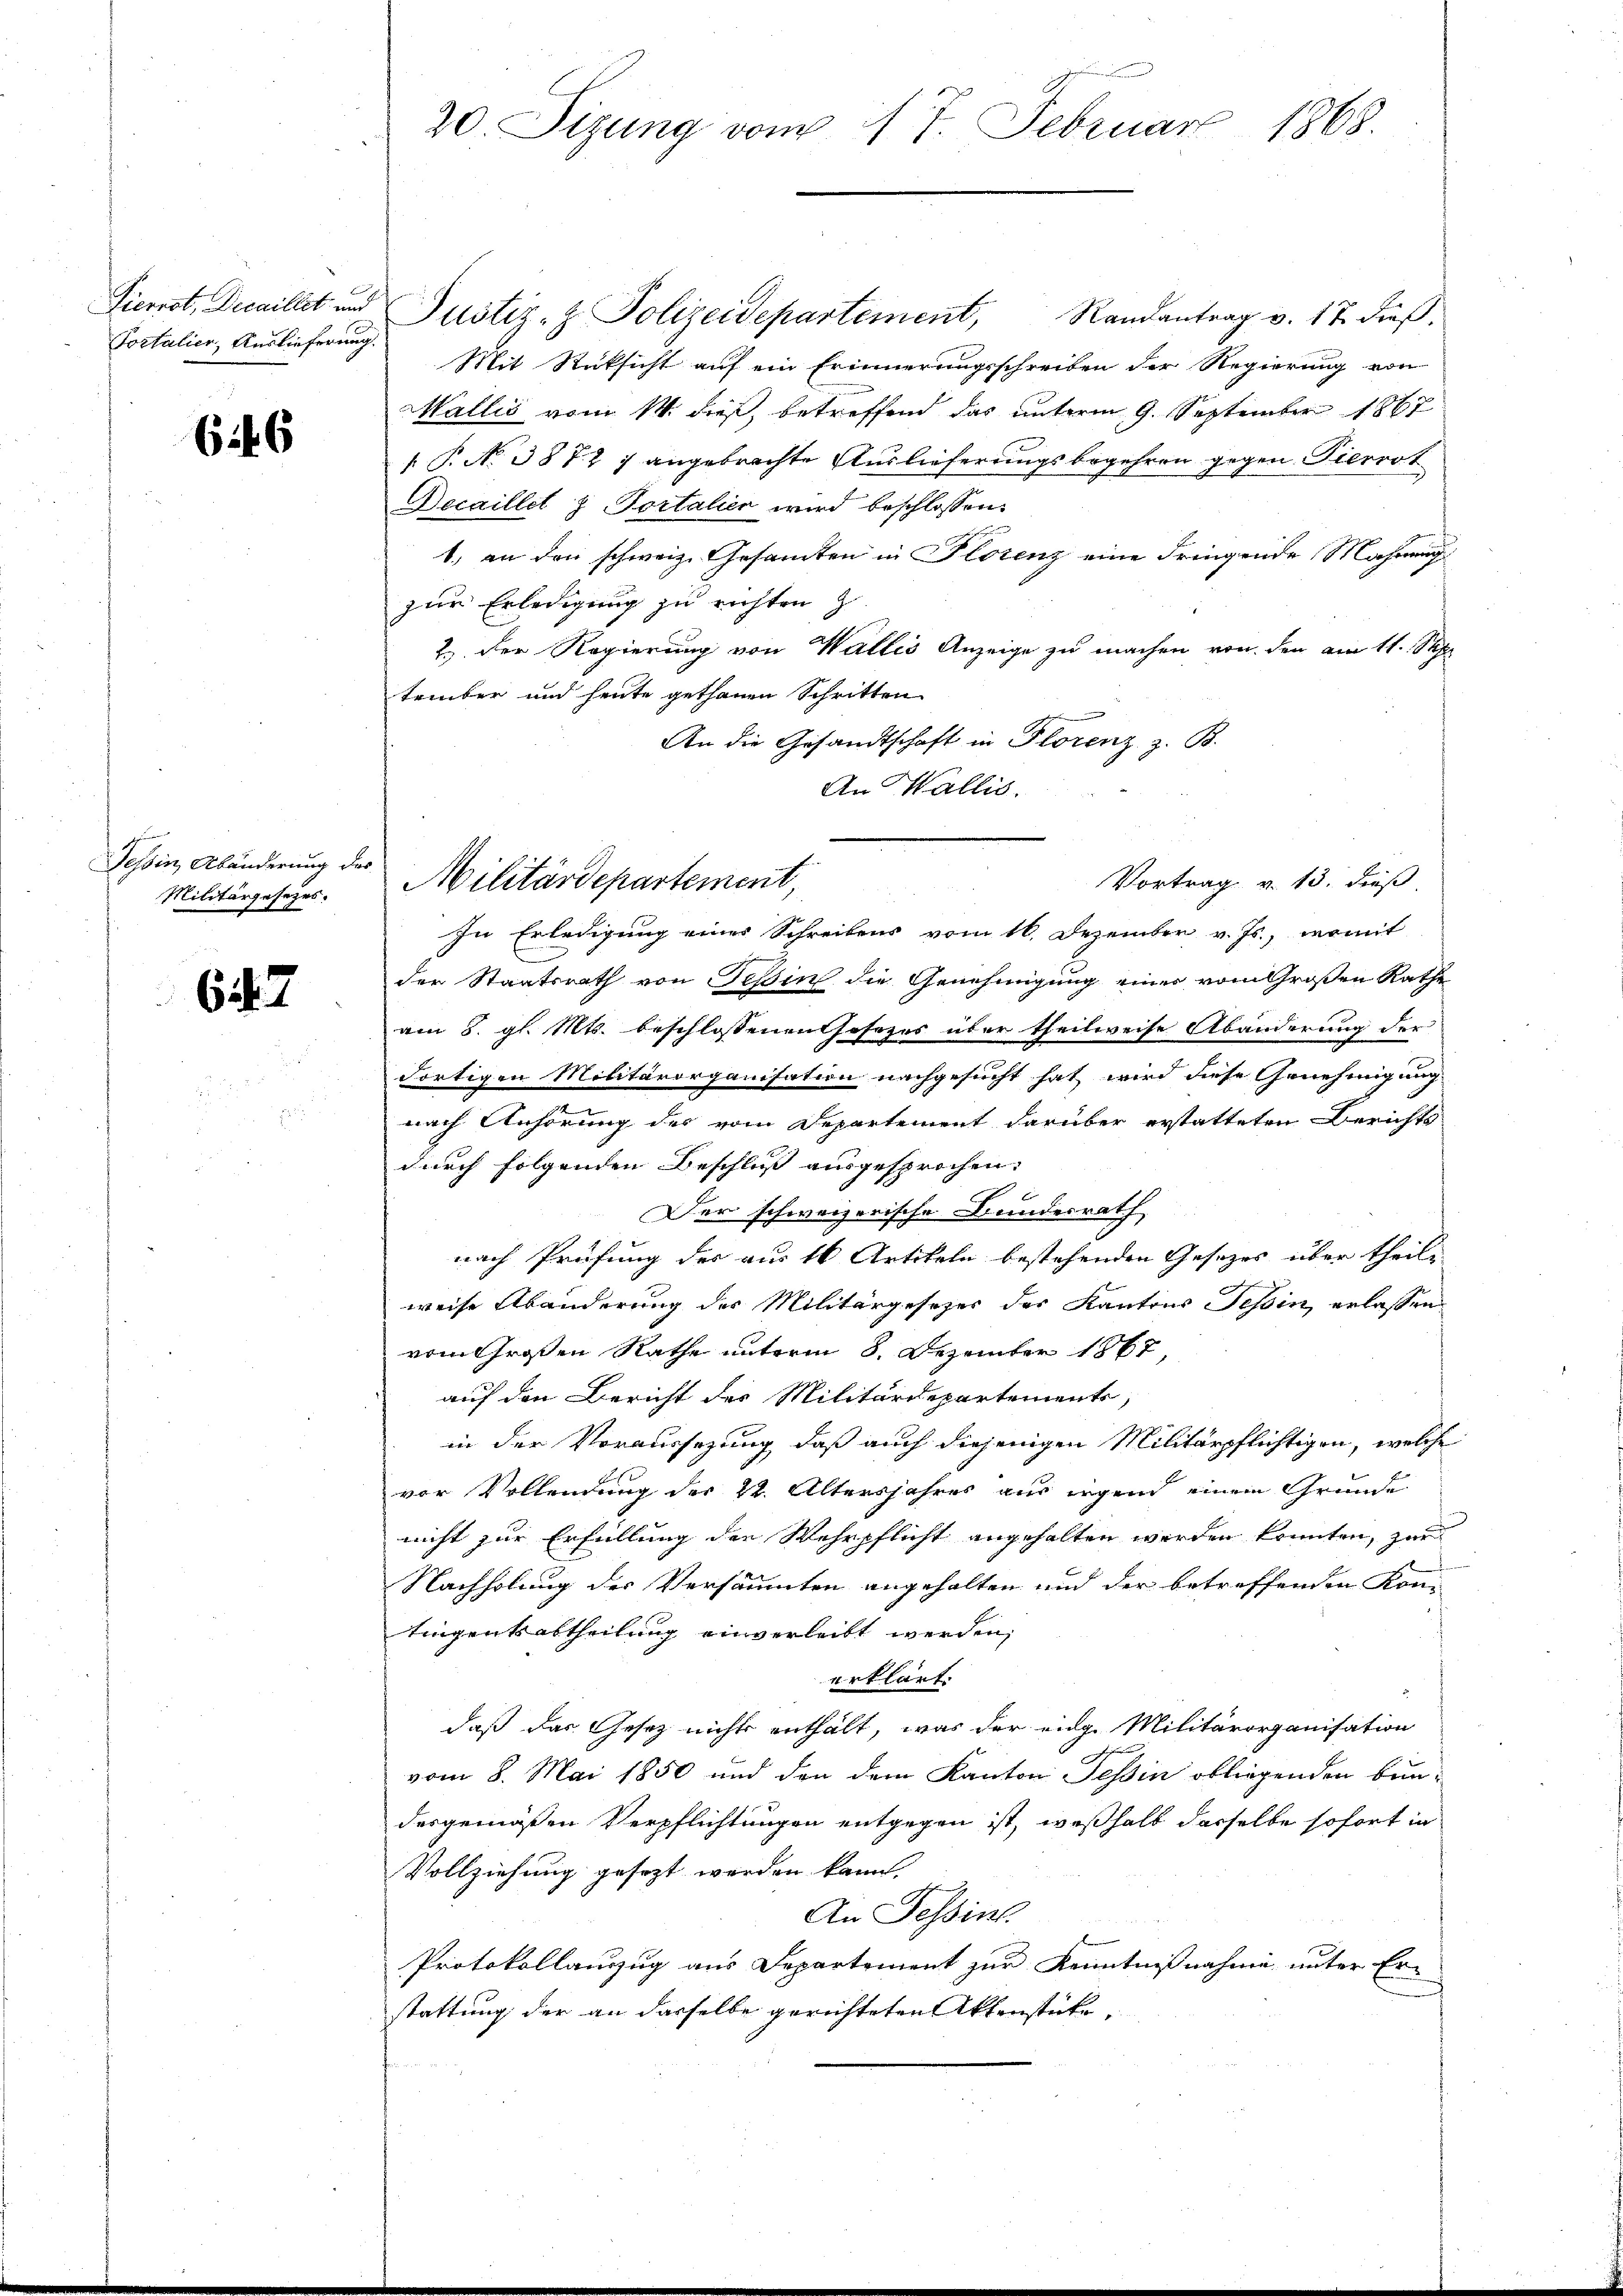
Pierret, Decaillet und
Tortalier, Auslieferung.

646

Tessin, Abänderung des
Militärgesezes.

627

un
20. Sizung vom 17. Februar 1868.

Justiz- & Polizeidepartement,

Vortrag v. 13. dieß
Militärdepartement,

Randantrag v. 17 dieß.
Mit Rücksicht auf ein Erinnerungsschreiben der Regierung von
Wallis vom 1. dieß, betreffend das unterm 9. September 1867
[ P. No 3872 7 angebrachte Auslieferungsbegehren gegen Pierrot
Decaillet z. Portalien wird beschlossen:
1. an den schweiz. Gesamten in Florenz eine dringende Mahnung
zur Erledigung zu richten z
2.) Der Regierung von Wallis Anzeige zu machen von den am 11. St
tember und heute gethanen Schritten
An die Gesandtschaft in Florenz z. B.
An Wallis.
In Erledigung eines Schreibens vom 16. Dezember v. Js., womit
der Staatsrath von Teßin die Genehmigung einer vom Großen Rathe
am 8. gl. Mts. beschlossenen Gesezes über theilweise Abänderung der
Fortigen Militärorganisation nachgesucht hat wird diese Genehmigung
nach Anhörung des vom Departement darüber erstatteten Berichts
durch folgenden Beschluss ausgesprochen.
Der schweizerische Bundesrath
nach Prüfung des aus 16 Artikeln bestehenden Gesetzes über theile
weise Abänderung des Militärgesezes der Kantons Tessin, erlassen,
vom Großen Rathe unterm 8. Dezember 1867,
auf den Bericht des Militärdepartements,
in der Voraussezung, daß auch diejenigen Militärpflichtigen, welche
vor Vollendung der 22. Altersjahres aus irgend einem Grunde
nicht zur Erfüllung der Wehrpflicht angehalten werden könnten, zur
Nachholung des Versäumten angehalten und der betreffenden Kom-
tingentsabtheilung einverleibt werden,
erklärt.
daß das Gesetz nichts enthält, was der einge Militärorganisation
vom 8. Mai 1850 und den dem Kanton Tessin obliegenden bun-
desgemäßen Verpflichtungen entgegen ist, weßhalb dasselbe sofort in
Vollziehung gesezt werden kann.
An Tessin.
Protokollauszug aus Departement zur Kenntnißnahme unter Erstattung der an dasselbe gerichteten Aktenstücke,